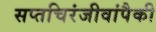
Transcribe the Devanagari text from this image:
सप्तचिरंजीवांपैकी